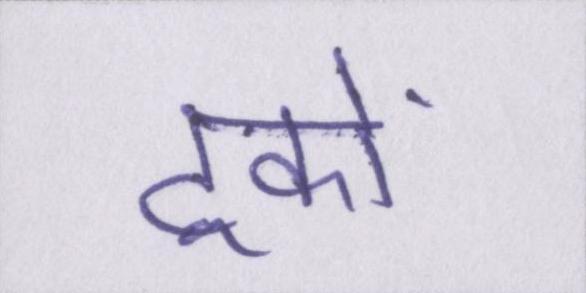
ट्रकों